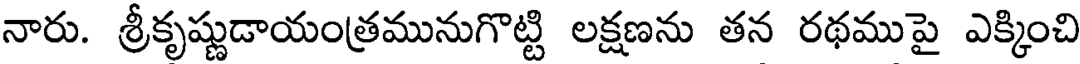
నారు. శ్రీకృష్ణుడాయంత్రమునుగొట్టి లక్షణను తన రథముపై ఎక్కించి